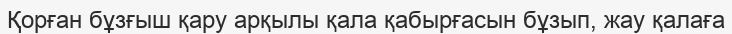
Қорған бұзғыш қару арқылы қала қабырғасын бұзып, жау қалаға